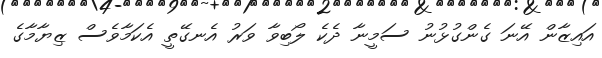
އައިޒާން އޭނަ ގެންގުޅުނު ސަމީނާ ދެކެ ލޯބިވާ ވަރު އެނގޭތީ އެކަމާވެސް ޒިޔާމާގެ